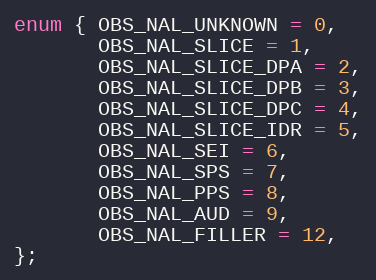
Language: C
enum { OBS_NAL_UNKNOWN = 0,
       OBS_NAL_SLICE = 1,
       OBS_NAL_SLICE_DPA = 2,
       OBS_NAL_SLICE_DPB = 3,
       OBS_NAL_SLICE_DPC = 4,
       OBS_NAL_SLICE_IDR = 5,
       OBS_NAL_SEI = 6,
       OBS_NAL_SPS = 7,
       OBS_NAL_PPS = 8,
       OBS_NAL_AUD = 9,
       OBS_NAL_FILLER = 12,
};